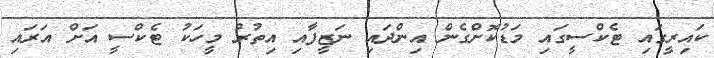
ކައިރީގައި ޓެކްސީގައި މަޑުކޮށްގެން އިންދައި ނަޒީފާއި އިތުރު މީހަކު ޓެކްސީ އަށް އަރައި